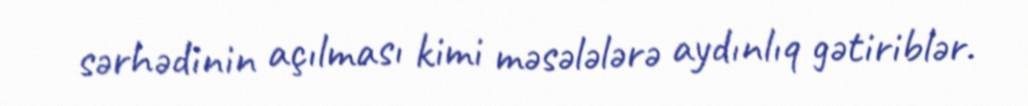
sərhədinin açılması kimi məsələlərə aydınlıq gətiriblər.